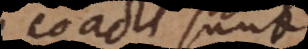
coacti sunt